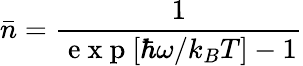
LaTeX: \bar{n}=\frac{1}{\mathrm{~e~x~p~}[\hbar\omega/k_{B}T]-1}